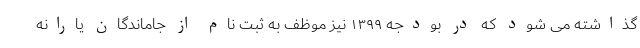
گذاشته می شود که در بودجه ۱۳۹۹ نیز موظف به ثبت نام از جاماندگان یارانه